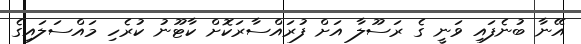
އޭނާ ބުނެފައި ވަނީ ގެ ރަސޫލާ އަށް ފުރައްސާރަކޮށް ކާޓޫނު ކުރެހި މައްސަލައިގެ